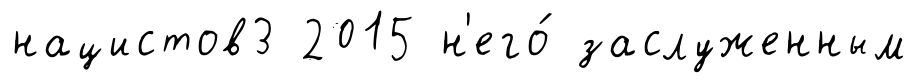
нацистов3 2015 н'его́ заслуженным